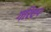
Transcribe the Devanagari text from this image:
गरिएप